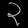
Digit: ၃